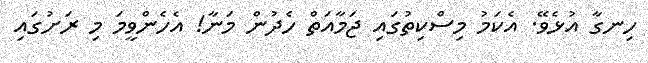
ހިނގާ އުޅެވޭ. އެކަމު މިސްކިތުގައި ޖަމާއަތް ހެދުން މަނާ! އެހެންވީމަ މި ރަށުގައި